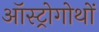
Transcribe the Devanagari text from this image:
ऑस्ट्रोगोथों